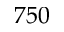
7 5 0